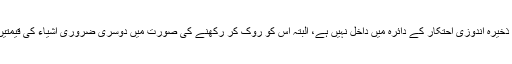
۶- گراں فروشی کی نیت سے سونے کی ذخیرہ اندوزی احتکار کے دائرہ میں داخل نہیں ہے، البتہ اس کو روک کر رکھنے کی صورت میں دوسری ضروری اشیاء کی قیمتیں متاثر ہوتی ہوں تو اس سے بچنا چاہئے۔